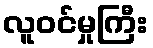
လူဝင်မှုကြီး